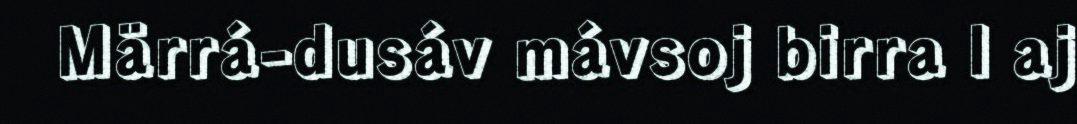
Märrá-dusáv mávsoj birra l aj